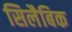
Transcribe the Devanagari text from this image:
सिलैबिक